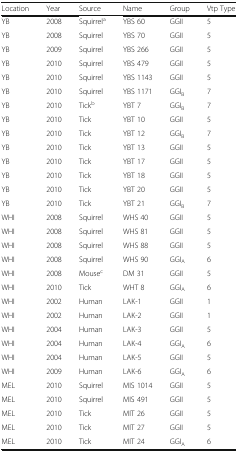
| Location | Year | Source | Name | Group | Vtp Type |
 | --- | --- | --- | --- | --- | --- |
 | YB | 2008 | Squirrela | YBS 60 | GGII | 5 |
 | YB | 2008 | Squirrel | YBS 70 | GGII | 5 |
 | YB | 2009 | Squirrel | YBS 266 | GGII | 5 |
 | YB | 2010 | Squirrel | YBS 479 | GGII | 5 |
 | YB | 2010 | Squirrel | YBS 1143 | GGII | 5 |
 | YB | 2010 | Squirrel | YBS 1171 | GGIB | 7 |
 | YB | 2010 | Tickb | YBT 7 | GGIB | 7 |
 | YB | 2010 | Tick | YBT 10 | GGII | 5 |
 | YB | 2010 | Tick | YBT 12 | GGIB | 7 |
 | YB | 2010 | Tick | YBT 13 | GGII | 5 |
 | YB | 2010 | Tick | YBT 17 | GGII | 5 |
 | YB | 2010 | Tick | YBT 18 | GGII | 5 |
 | YB | 2010 | Tick | YBT 20 | GGII | 5 |
 | YB | 2010 | Tick | YBT 21 | GGIB | 7 |
 | WHI | 2008 | Squirrel | WHS 40 | GGII | 5 |
 | WHI | 2008 | Squirrel | WHS 81 | GGII | 5 |
 | WHI | 2008 | Squirrel | WHS 88 | GGII | 5 |
 | WHI | 2008 | Squirrel | WHS 90 | GGIA | 6 |
 | WHI | 2008 | Mousec | DM 31 | GGII | 5 |
 | WHI | 2010 | Tick | WHT 8 | GGIA | 6 |
 | WHI | 2002 | Human | LAK-1 | GGII | 1 |
 | WHI | 2002 | Human | LAK-2 | GGII | 1 |
 | WHI | 2004 | Human | LAK-3 | GGII | 5 |
 | WHI | 2004 | Human | LAK-4 | GGIA | 6 |
 | WHI | 2004 | Human | LAK-5 | GGII | 5 |
 | WHI | 2009 | Human | LAK-6 | GGIA | 6 |
 | MEL | 2010 | Squirrel | MIS 1014 | GGII | 5 |
 | MEL | 2010 | Squirrel | MIS 491 | GGII | 5 |
 | MEL | 2010 | Tick | MIT 26 | GGII | 5 |
 | MEL | 2010 | Tick | MIT 27 | GGII | 5 |
 | MEL | 2010 | Tick | MIT 24 | GGIA | 6 |